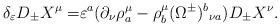
LaTeX: \begin{align*}\delta_\varepsilon D_\pm X^\mu=&\varepsilon^a(\partial_\nu\rho^\mu_a-\rho^\mu_b(\Omega^\pm)^b{}_{\nu a})D_\pm X^\nu.\end{align*}